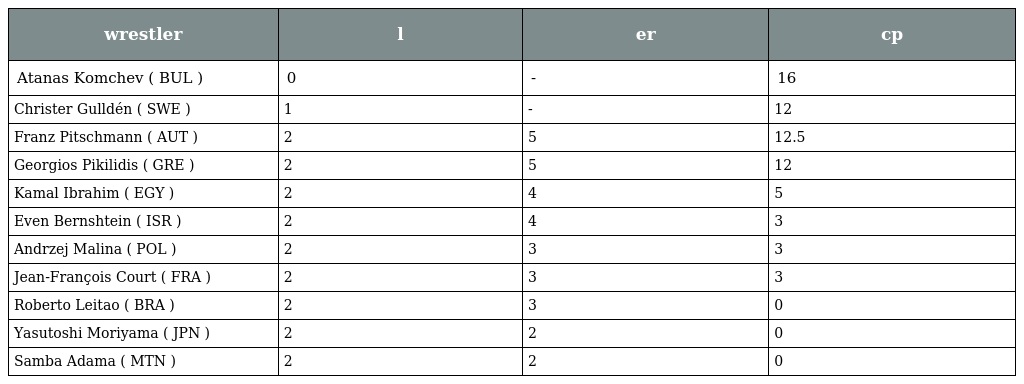
| wrestler | l | er | cp |
 | --- | --- | --- | --- |
 | Atanas Komchev ( BUL ) | 0 | - | 16 |
 | Christer Gulldén ( SWE ) | 1 | - | 12 |
 | Franz Pitschmann ( AUT ) | 2 | 5 | 12.5 |
 | Georgios Pikilidis ( GRE ) | 2 | 5 | 12 |
 | Kamal Ibrahim ( EGY ) | 2 | 4 | 5 |
 | Even Bernshtein ( ISR ) | 2 | 4 | 3 |
 | Andrzej Malina ( POL ) | 2 | 3 | 3 |
 | Jean-François Court ( FRA ) | 2 | 3 | 3 |
 | Roberto Leitao ( BRA ) | 2 | 3 | 0 |
 | Yasutoshi Moriyama ( JPN ) | 2 | 2 | 0 |
 | Samba Adama ( MTN ) | 2 | 2 | 0 |